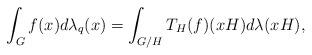
LaTeX: \begin{align*}\int_{G}f(x)d\lambda_q(x)=\int_{G/H}T_H(f)(xH)d\lambda(xH),\end{align*}